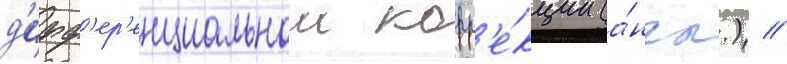
д'ифф'ер'енциальнои корр'е́кции (а́нгл.) //